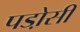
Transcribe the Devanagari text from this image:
पडो़सी